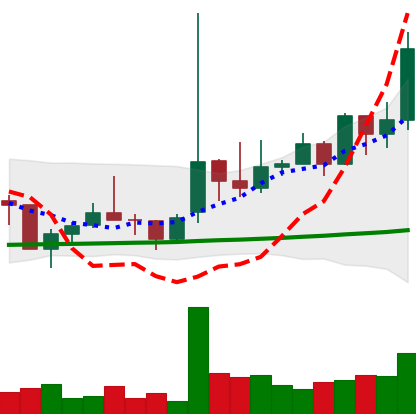
Ticker: TRX-USD
Chart end date: 2021-02-08
Forward return: 47.033%
Label: up_7plus